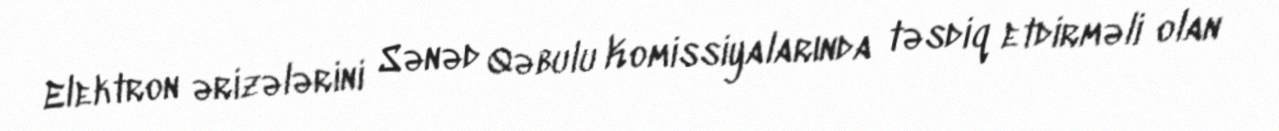
Elektron ərizələrini Sənəd Qəbulu Komissiyalarında təsdiq etdirməli olan